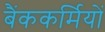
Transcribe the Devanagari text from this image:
बैंककर्मियों